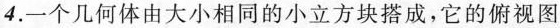
4.一个几何体由大小相同的小立方块搭成，它的俯视图